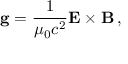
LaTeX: \mathbf { g } = { \frac { 1 } { \mu _ { 0 } c ^ { 2 } } } \mathbf { E } \times \mathbf { B } \, ,